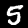
Digit: 5